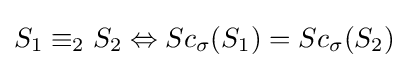
S_{1}\equiv _{2}S_{2}\Leftrightarrow Sc_{\sigma }(S_{1})=Sc_{\sigma }(S_{2})